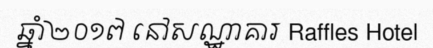
ឆ្នាំ២០១៧ នៅសណ្ឋាគារ Raffles Hotel